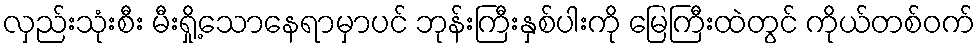
လှည်းသုံးစီး မီးရှို့သောနေရာမှာပင် ဘုန်းကြီးနှစ်ပါးကို မြေကြီးထဲတွင် ကိုယ်တစ်ဝက်